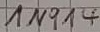
Text: 1N014